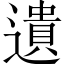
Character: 遺